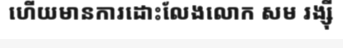
ហើយមានការដោះលែងលោក សម រង្ស៊ី